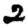
Digit: 2